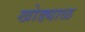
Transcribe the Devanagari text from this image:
खोड्याळ